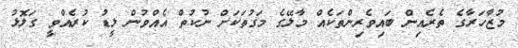
މުޒާހަރާގެ ތެރެއިން ބައިވެރިންތަކެއް މާލޭގެ މަގުތަކަށް ނުކުތް އެއްވުން ލީޑު ކުރެއްވީ ގަލޮޅު